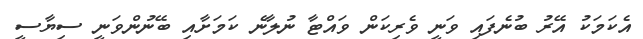
އެކަމަކު އޭރު ބުނެފައި ވަނީ ވެރިކަން ވައްޓާ ނުލާނެ ކަމަށާއި ބޭނުންވަނީ ސިޔާސީ